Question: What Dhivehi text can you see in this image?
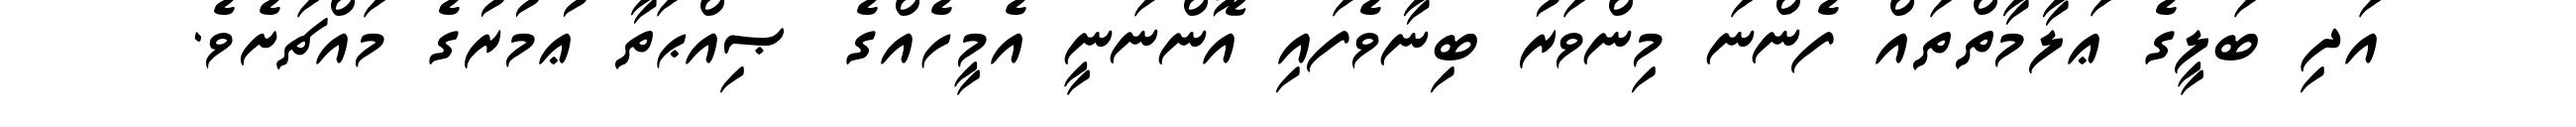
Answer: އަދި ބަލީގެ ޢަލާމާތްތައް ފެންނަ މިންވަރު ބިނާވެފައި އޮންނަނީ އެމީހެއްގެ ޞިއްޙަތާ ޢުމުރުގެ މައްޗަށެވެ.